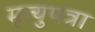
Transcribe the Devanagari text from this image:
मृत्युपत्रा